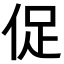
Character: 促